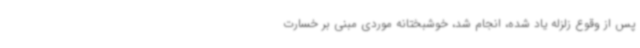
پس از وقوع زلزله یاد شده، انجام شد، خوشبختانه موردی مبنی بر خسارت